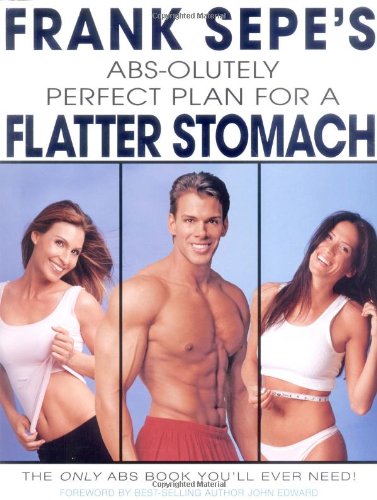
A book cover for Frank Sepe's Abs-Olutely Perfect Plan for A Flatter Stomach; Frank Sepe; Health, Fitness & Dieting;